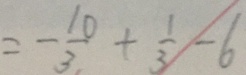
= - \frac { 1 0 } { 3 } + \frac { 1 } { 3 } - 6